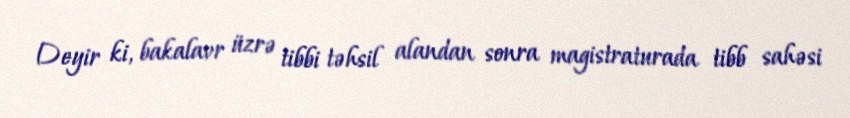
Deyir ki, bakalavr üzrə tibbi təhsil alandan sonra magistraturada tibb sahəsi